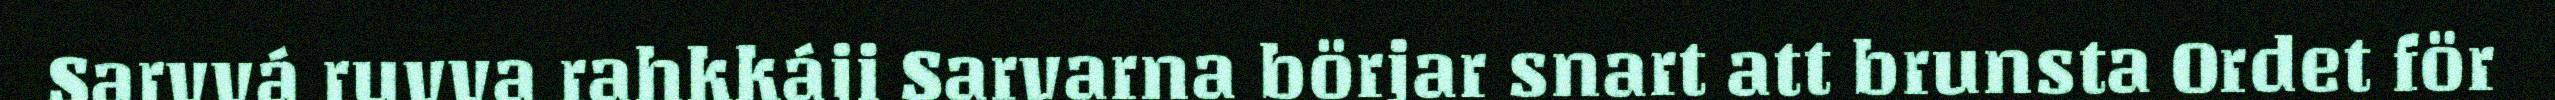
Sarvvá ruvva rahkkáji Sarvarna börjar snart att brunsta Ordet för